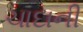
ચાદાની